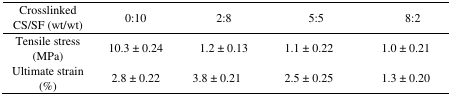
<table><thead><tr><td><b>Crosslinked CS/SF (wt/wt)</b></td><td><b>0:10</b></td><td><b>2:8</b></td><td><b>5:5</b></td><td><b>8:2</b></td></tr></thead><tbody><tr><td>Tensile stress (MPa)</td><td>10.3 ± 0.24</td><td>1.2 ± 0.13</td><td>1.1 ± 0.22</td><td>1.0 ± 0.21</td></tr><tr><td>Ultimate strain (%)</td><td>2.8 ± 0.22</td><td>3.8 ± 0.21</td><td>2.5 ± 0.25</td><td>1.3 ± 0.20</td></tr></tbody></table>